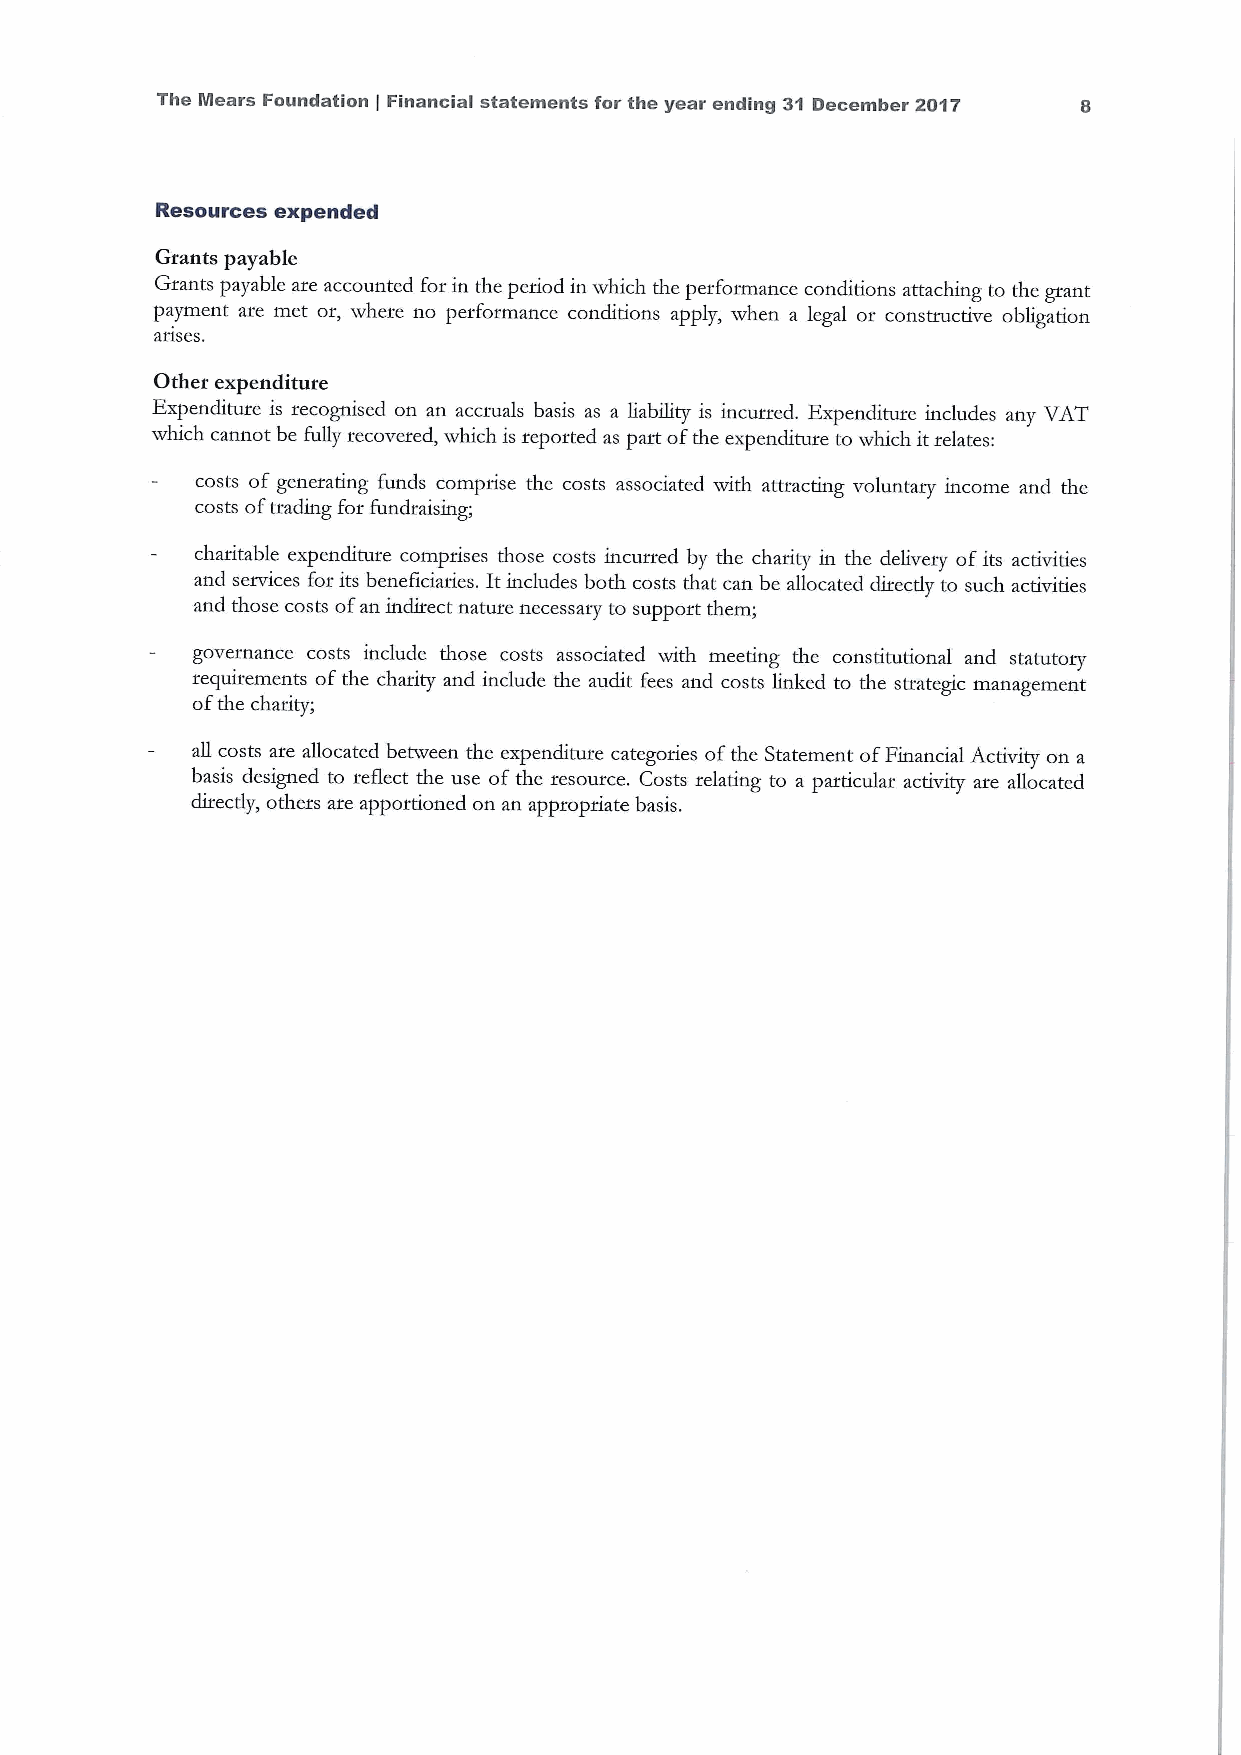
The Mears Foundation Financial statements for the year ending 31 December 2017
 ]
 Resources expended
 Grants payable
 Grants payable are accounted for in the period in which the performance conditions attaching to the grant
 payment are met or, where no performance conditions apply, when a legal or constructive obligation
 arises.
 Other expenditure
 Expenditure is recognised on an accruals basis as a liability is incurred. Expenditure includes any VAT
 which cannot be fully recovered, which is reported as part ofthe expenditure to which it relates:
 costs of generating funds comprise the costs associated with attracting voluntary income and the
 costs oftrading for fundraising;
 charitable expenditure comprises those costs incurred by the charity in the delivery ofits activities
 and services for its beneficiarie. Itincludes both costs that can be allocated directly to such activities
 and those costs ofan indirect nature necessary to support them;
 governance costs include those costs associated with meeting the constitutional and statutory
 requirements ofthe charity and include the audit fees and costs linked to the strategic management
 ofthe charity;
 all costs are allocated between the expenditure categories ofthe Statement ofFinancial Activity on a
 basis designed to reflect the use ofthe resource. Costs relating to a particular activity are allocated
 directly, others are apportioned on an appropriate basis.